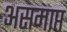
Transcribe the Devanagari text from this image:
असमाप्त